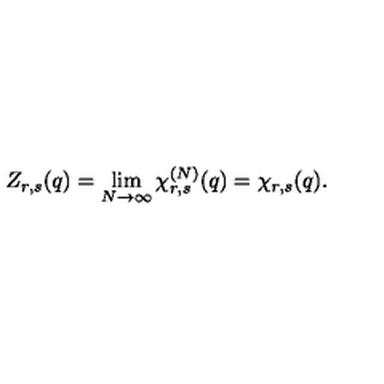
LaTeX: Z _ { r , s } ( q ) = \lim _ { N \to \infty } \chi _ { r , s } ^ { ( N ) } ( q ) = \chi _ { r , s } ( q ) .